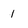
Character: 1